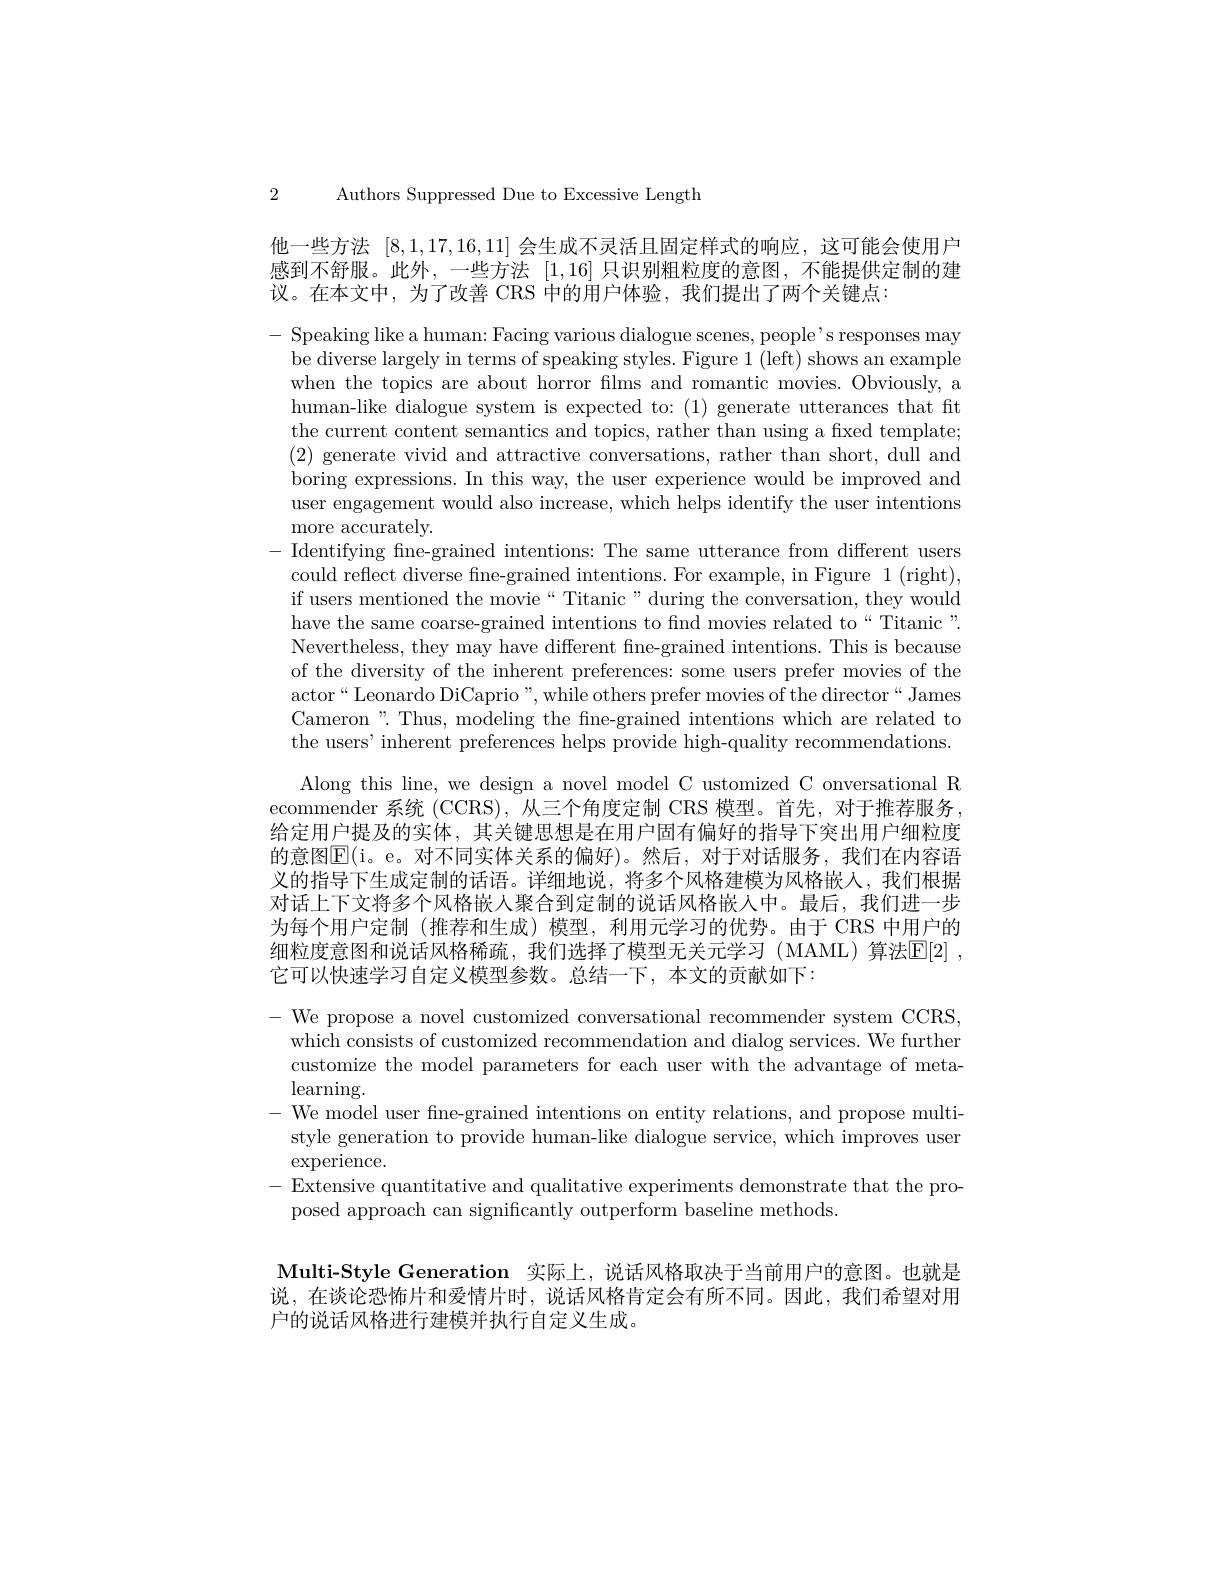
2 Authors Suppressed Due to Excessive Length

他一些方法[8,1,17,16,11]会生成不灵活且固定样式的响应，这可能会使用户感到不舒服。此外，一些方法[1,16]只识别粗粒度的意图，不能提供定制的建议。在本文中，为了改善 CRS 中的用户体验，我们提出了两个关键点：

- Speaking like a human: Facing various dialogue scenes, people's responses may
be diverse largely in terms of speaking styles. Figure 1 (left) shows an example when the topics are about horror flms and romantic movies. Obviously, a human-like dialogue system is expected to: (1) generate utterances that ft the current content semantics and topics, rather than using a fixed template (2) generate vivid and attractive conversations, rather than short, dull and boring expressions. In this way, the user experience would be improved and user engagement would also increase, which helps identify the user intentions more accurately.
- Identifying fine-grained intentions: The same utterance from different users
could reflect diverse fine-grained intentions. For example, in Figure 1 (right), if users mentioned the movie“ Titanic” during the conversation, they would have the same coarse-grained intentions to find movies related to“Titanic”. Nevertheless, they may have different fne-grained intentions. This is because of the diversity of the inherent preferences: some users prefer movies of the actor“Leonardo DiCaprio”,while others prefer movies of the director“James Cameron": Thus, modeling the fne-grained intentions which are related to the users' inherent preferences helps provide high-quality recommendations
$\begin{array}{c}\mathrm{Along~this~line,~we~design~a~novel~model~C~ustomized~C~onversational~R}\\\mathrm{ecommender~系统~(CCRS).~从三个角度定制~CRS~模型。首先，~对干推荐服务}\end{array}$ 给定用户提及的实体，其关键思想是在用户固有偏好的指导下突出用户细粒度的意图$\mathbb{E}($i。e。对不同实体关系的偏好)。然后，对于对话服务，我们在内容语义的指导下生成定制的话语。详细地说，将多个风格建模为风格嵌入，我们根据对话上下文将多个风格嵌人聚合到定制的说话风格嵌入中。最后，我们进一步为每个用户定制(推荐和生成) 模型，利用元学习的优势。由于 CRS 中用户的细粒度意图和说话风格稀疏，我们选择了模型无关元学习(MAML)算法$\mathbb{E} [ 2]$ , 它可以快速学习自定义模型参数。总结一下，本文的贡献如下：
- We propose a novel customized conversational recommender system CCRS

which consists of customized recommendation and dialog services. We furthen customize the model parameters for each user with the advantage of meta- $\operatorname{learning}.$
$-{\mathrm{~We~model~user~fine-grained~intentions~on~entity~relations,~and~propose~multi-~We~model~user~fine-grained~intentions~on~entity~relations,~and~propose~multi-~}}$
style generation to provide human-like dialogue service, which improves usen
$\operatorname{experience}.$
- Extensive quantitative and qualitative experiments demonstrate that the pro
posed approach can significantly outperform baseline methods

Multi-Style Generation 实际上，说话风格取决于当前用户的意图。也就是说，在谈论恐怖片和爱情片时，说话风格肯定会有所不同。因此，我们希望对用户的说话风格进行建模并执行自定义生成。